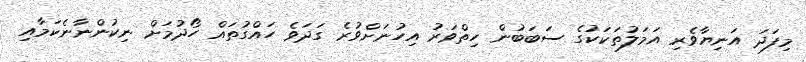
މިފަދަ އަނިޔާވެރި އަމަލުތަކަކުގެ ސަބަބުން ހިތްވަރު އިހުނަށްވުރެ ގަދަވެ ހައްގުތައް ހޯދުމަށް ނިކުންނާނެކަމާއި